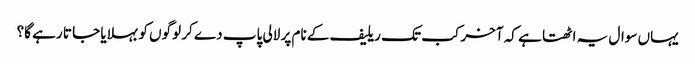
یہاں سوال یہ اٹھتا ہے کہ آخر کب تک ریلیف کے نام پر لالی پاپ دے کر لوگوں کو بہلایا جا تا رہے گا؟